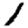
Digit: 1